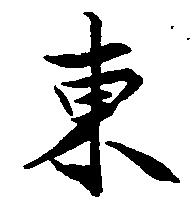
東